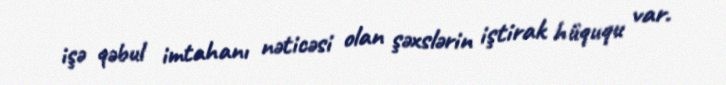
işə qəbul imtahanı nəticəsi olan şəxslərin iştirak hüququ var.